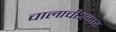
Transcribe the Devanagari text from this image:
चालाचीत्रकार